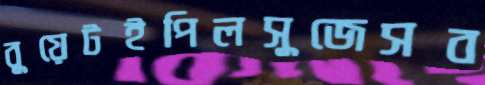
বুয়েটইপিলসুজেসব